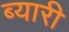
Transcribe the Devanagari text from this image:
ब्यारी